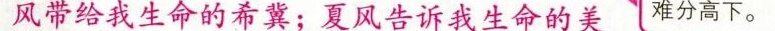
风带给我生命的希冀；夏风告诉我生命的美 难分高下。